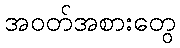
အဝတ်အစားတွေ